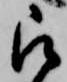
被